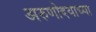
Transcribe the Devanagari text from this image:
अरुणोदयाच्या